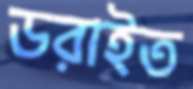
ডরাইত